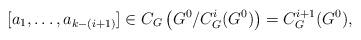
LaTeX: \begin{align*}[a_1,\ldots,a_{k-(i+1)}]\in C_G \left( G^0/C_G^i(G^0) \right) = C_G^{i+1}(G^0),\end{align*}